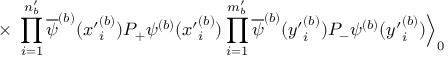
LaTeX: \times \; \prod _ { i = 1 } ^ { n _ { b } ^ { \prime } } \overline { { { \psi } } } ^ { ( b ) } ( { x ^ { \prime } } _ { i } ^ { ( b ) } ) P _ { + } \psi ^ { ( b ) } ( { x ^ { \prime } } _ { i } ^ { ( b ) } ) \prod _ { i = 1 } ^ { m _ { b } ^ { \prime } } \overline { { { \psi } } } ^ { ( b ) } ( { y ^ { \prime } } _ { i } ^ { ( b ) } ) P _ { - } \psi ^ { ( b ) } ( { y ^ { \prime } } _ { i } ^ { ( b ) } ) \Big \rangle _ { 0 }